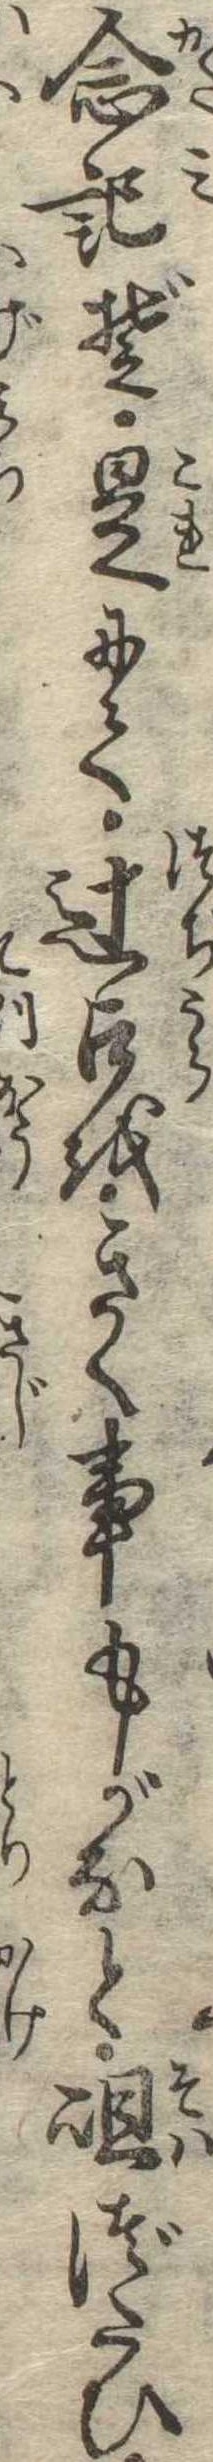
念記ぞ是にて辻占をきく事もがなと岨づたひ